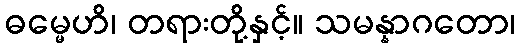
ဓမ္မေဟိ၊ တရားတို့နှင့်။ သမန္နာဂတော၊